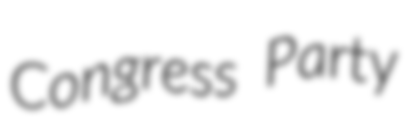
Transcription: Congress Party